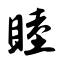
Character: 睦